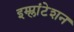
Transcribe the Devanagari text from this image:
इम्प्लांटेशन